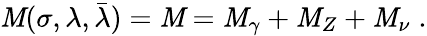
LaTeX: {\cal\mathit{M}}(\sigma,\lambda,\bar{{\lambda}})={\cal\mathit{M}}={\cal\mathit{M}}_{\gamma}+{\cal\mathit{M}}_{Z}+{\cal\mathit{M}}_{\nu}\; .